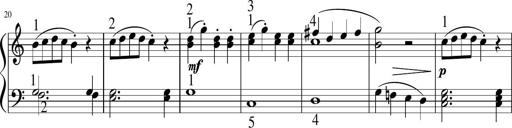
Title: 6 Instructive Sonatinas
Composer: Jacob Schmitt